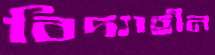
বিদ্যাহীন